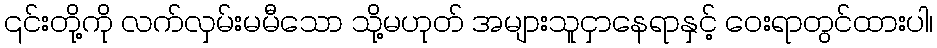
၎င်းတို့ကို လက်လှမ်းမမီသော သို့မဟုတ် အများသူငှာနေရာနှင့် ဝေးရာတွင်ထားပါ၊